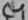
Text: C4